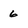
Character: 6